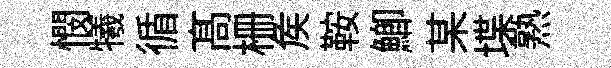
憫犧循髙栅矦鞍鯽某堞熟